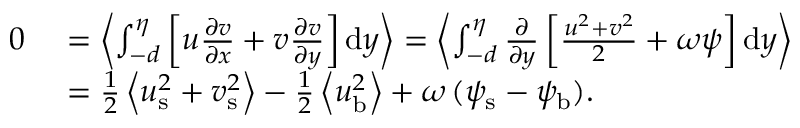
\begin{array} { r l } { 0 \ } & { = \left< \int _ { - d } ^ { \eta } \left[ u \frac { \partial v } { \partial x } + v \frac { \partial v } { \partial y } \right] \mathrm { d } y \right> = \left< \int _ { - d } ^ { \eta } \frac { \partial } { \partial y } \left[ \frac { u ^ { 2 } + v ^ { 2 } } { 2 } + \omega \psi \right] \mathrm { d } y \right> } \\ & { = { \textstyle { \frac { 1 } { 2 } } } \left< { u } _ { \mathrm { s } } ^ { 2 } + { v } _ { \mathrm { s } } ^ { 2 } \right> - { \textstyle { \frac { 1 } { 2 } } } \left< { u } _ { \mathrm { b } } ^ { 2 } \right> + \omega \, ( { \psi } _ { \mathrm { s } } - { \psi } _ { \mathrm { b } } ) . } \end{array}